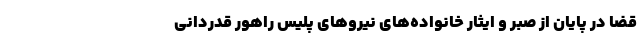
قضا در پایان از صبر و ایثار خانواده‌های نیروهای پلیس راهور قدردانی